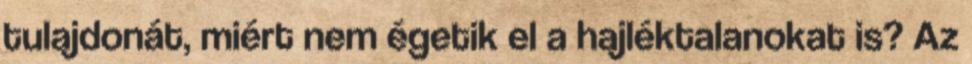
tulajdonát, miért nem égetik el a hajléktalanokat is? Az